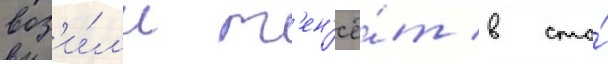
воз'и́л'и т'ен'ё́т в сто́